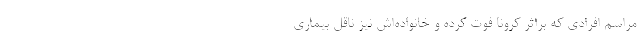
مراسم افرادی که براثر کرونا فوت کرده و خانواده‌اش نیز ناقل بیماری